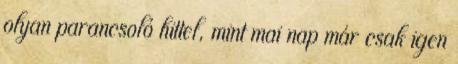
olyan parancsoló hittel, mint mai nap már csak igen